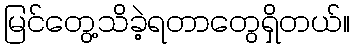
မြင်တွေ့သိခဲ့ရတာတွေရှိတယ်။